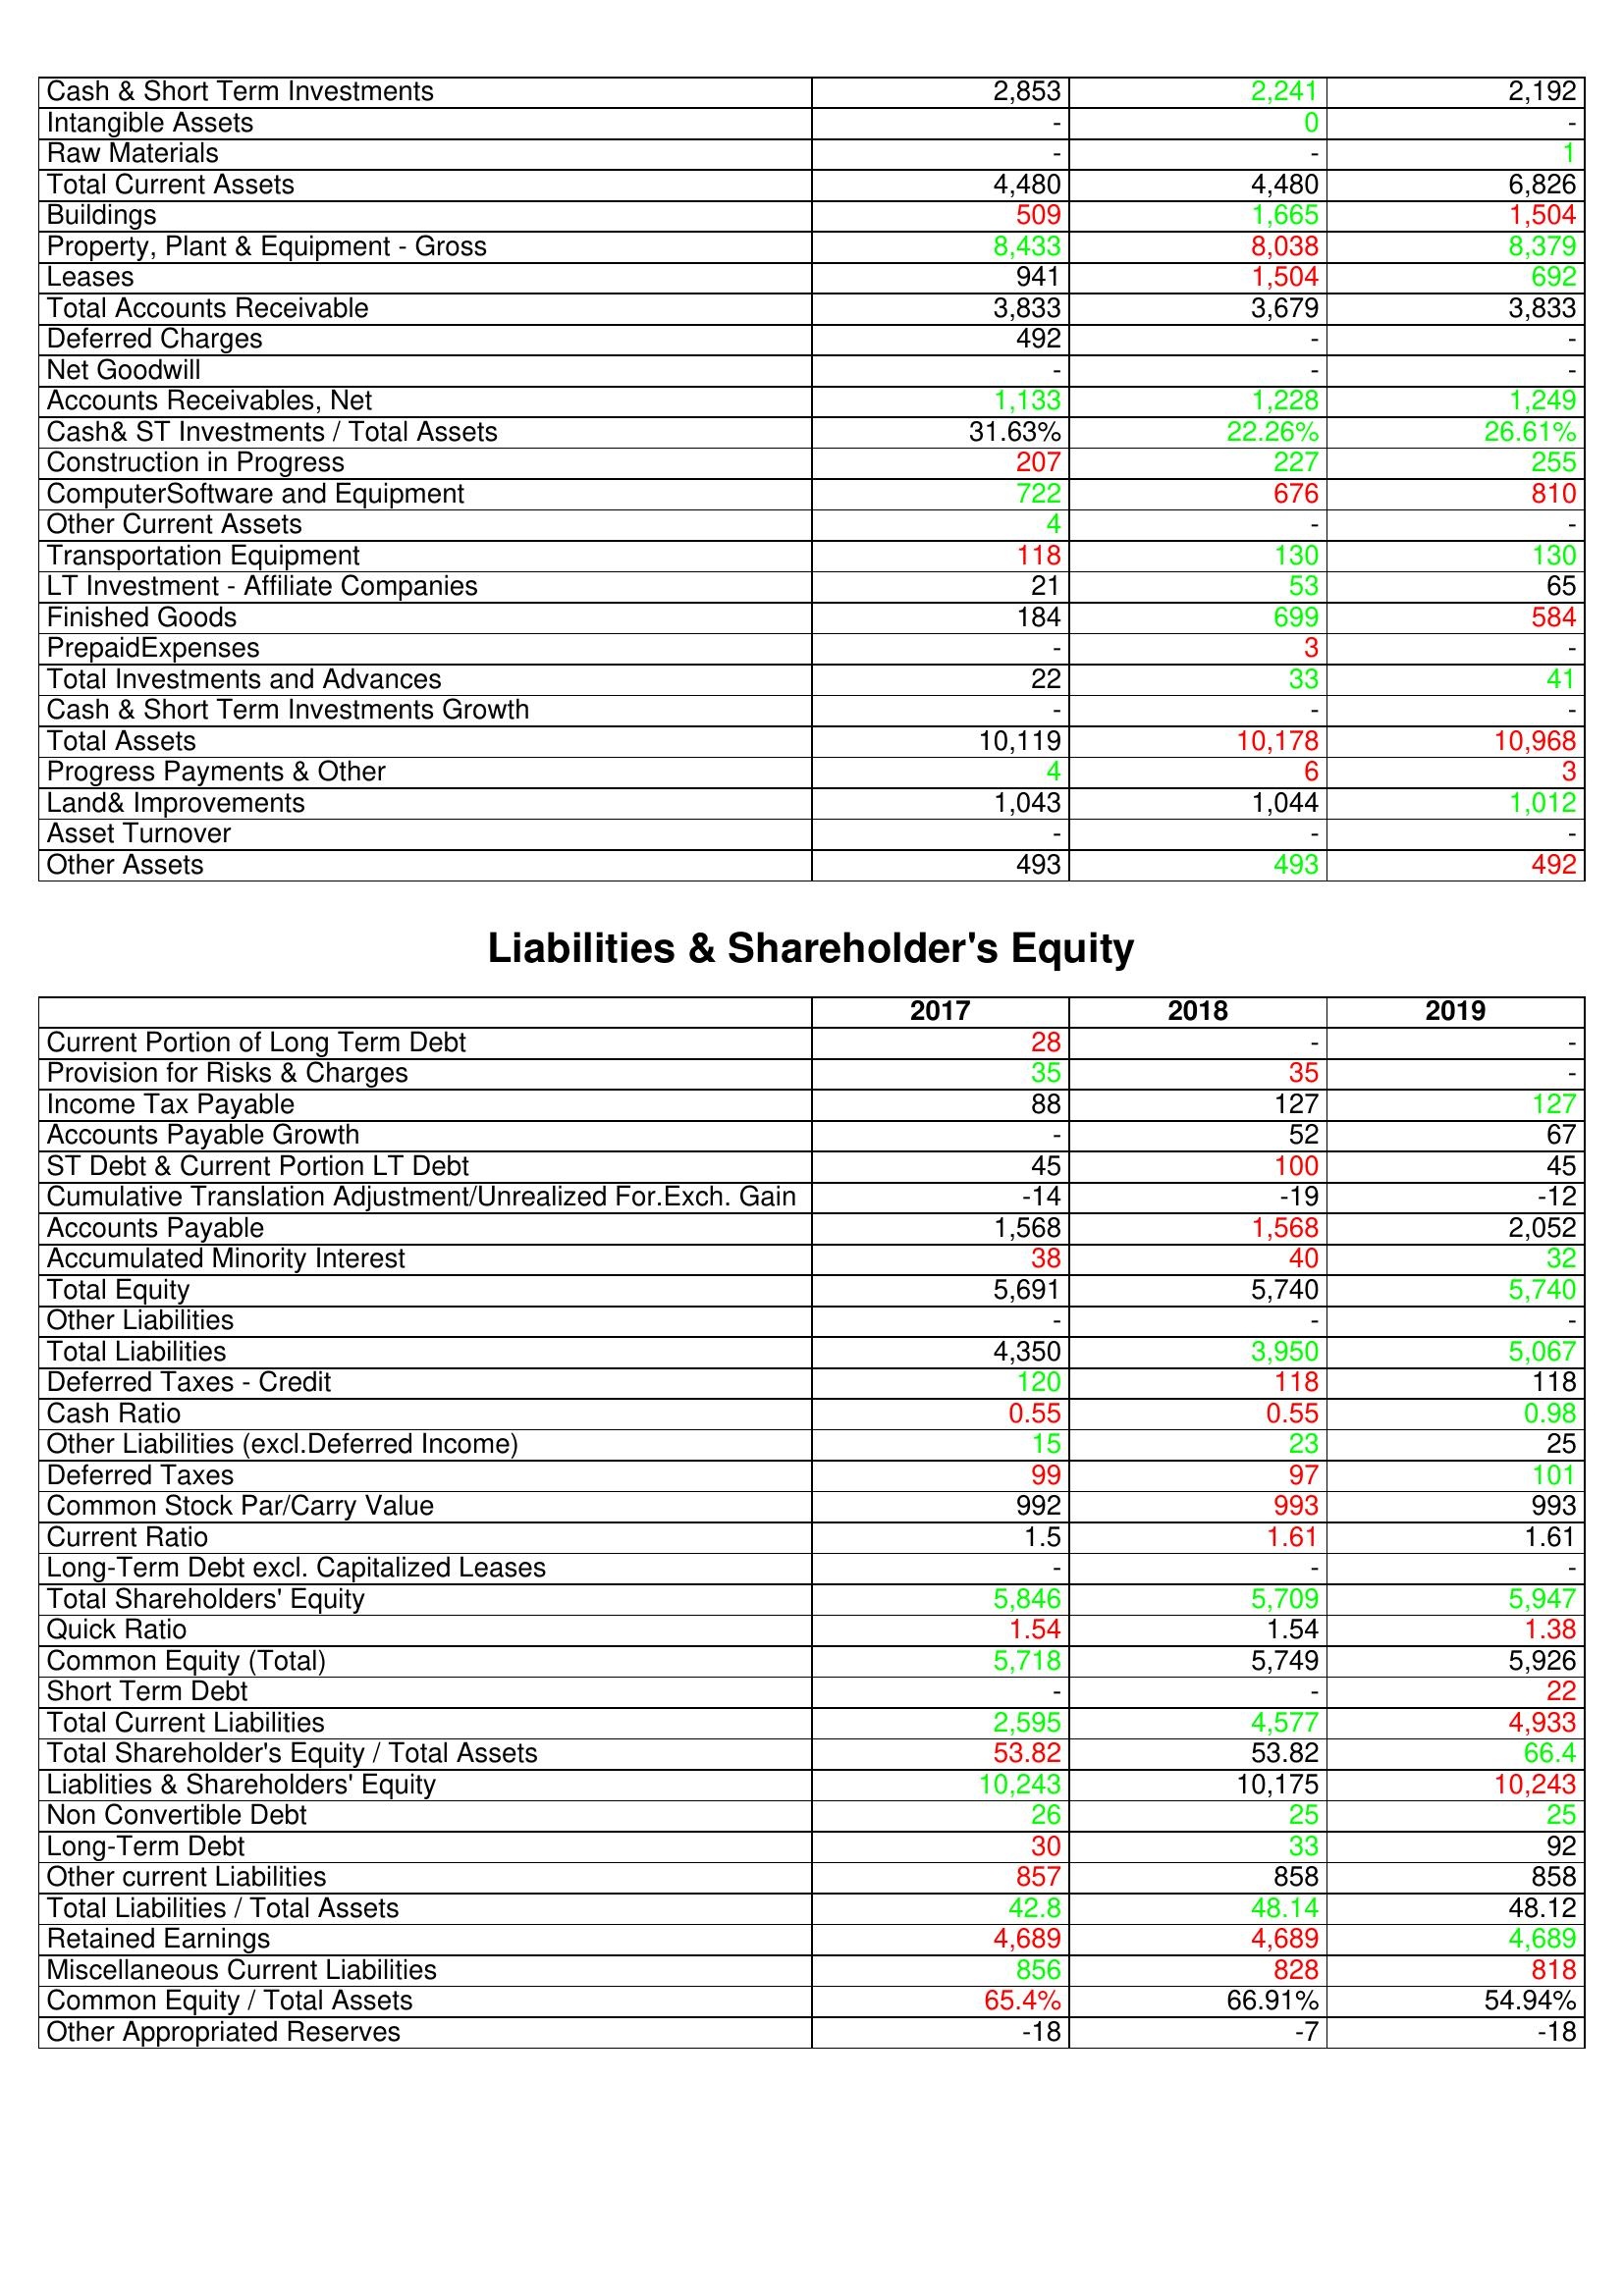
gt_parse: 2017: Assets: Cash & Short Term Investments: 2,853
Intangible Assets: -
Raw Materials: -
Total Current Assets: 4,480
Buildings: 509
Property, Plant & Equipment - Gross : 8,433
Leases: 941
Total Accounts Receivable: 3,833
Deferred Charges: 492
Net Goodwill: -
Accounts Receivables, Net: 1,133
Cash& ST Investments / Total Assets: 31.63%
Construction in Progress: 207
ComputerSoftware and Equipment: 722
Other Current Assets: 4
Transportation Equipment: 118
LT Investment - Affiliate Companies: 21
Finished Goods: 184
PrepaidExpenses: -
Total Investments and Advances: 22
Cash & Short Term Investments Growth: -
Total Assets: 10,119
Progress Payments & Other: 4
Land& Improvements: 1,043
Asset Turnover: -
Other Assets: 493
Liabilities & Shareholder's Equity: Current Portion of Long Term Debt: 28
Provision for Risks & Charges: 35
Income Tax Payable: 88
Accounts Payable Growth: -
ST Debt & Current Portion LT Debt: 45
Cumulative Translation Adjustment/Unrealized For.Exch. Gain: -14
Accounts Payable: 1,568
Accumulated Minority Interest: 38
Total Equity: 5,691
Other Liabilities: -
Total Liabilities: 4,350
Deferred Taxes - Credit: 120
Cash Ratio: 0.55
Other Liabilities (excl.Deferred Income): 15
Deferred Taxes: 99
Common Stock Par/Carry Value: 992
Current Ratio: 1.5
Long-Term Debt excl. Capitalized Leases: -
Total Shareholders' Equity: 5,846
Quick Ratio: 1.54
Common Equity (Total): 5,718
Short Term Debt: -
Total Current Liabilities: 2,595
Total Shareholder's Equity / Total Assets: 53.82
Liablities & Shareholders' Equity: 10,243
Non Convertible Debt: 26
Long-Term Debt: 30
Other current Liabilities: 857
Total Liabilities / Total Assets: 42.8
Retained Earnings: 4,689
Miscellaneous Current Liabilities: 856
Common Equity / Total Assets: 65.4%
Other Appropriated Reserves: -18
2018: Assets: Cash & Short Term Investments: 2,241
Intangible Assets: 0
Raw Materials: -
Total Current Assets: 4,480
Buildings: 1,665
Property, Plant & Equipment - Gross : 8,038
Leases: 1,504
Total Accounts Receivable: 3,679
Deferred Charges: -
Net Goodwill: -
Accounts Receivables, Net: 1,228
Cash& ST Investments / Total Assets: 22.26%
Construction in Progress: 227
ComputerSoftware and Equipment: 676
Other Current Assets: -
Transportation Equipment: 130
LT Investment - Affiliate Companies: 53
Finished Goods: 699
PrepaidExpenses: 3
Total Investments and Advances: 33
Cash & Short Term Investments Growth: -
Total Assets: 10,178
Progress Payments & Other: 6
Land& Improvements: 1,044
Asset Turnover: -
Other Assets: 493
Liabilities & Shareholder's Equity: Current Portion of Long Term Debt: -
Provision for Risks & Charges: 35
Income Tax Payable: 127
Accounts Payable Growth: 52
ST Debt & Current Portion LT Debt: 100
Cumulative Translation Adjustment/Unrealized For.Exch. Gain: -19
Accounts Payable: 1,568
Accumulated Minority Interest: 40
Total Equity: 5,740
Other Liabilities: -
Total Liabilities: 3,950
Deferred Taxes - Credit: 118
Cash Ratio: 0.55
Other Liabilities (excl.Deferred Income): 23
Deferred Taxes: 97
Common Stock Par/Carry Value: 993
Current Ratio: 1.61
Long-Term Debt excl. Capitalized Leases: -
Total Shareholders' Equity: 5,709
Quick Ratio: 1.54
Common Equity (Total): 5,749
Short Term Debt: -
Total Current Liabilities: 4,577
Total Shareholder's Equity / Total Assets: 53.82
Liablities & Shareholders' Equity: 10,175
Non Convertible Debt: 25
Long-Term Debt: 33
Other current Liabilities: 858
Total Liabilities / Total Assets: 48.14
Retained Earnings: 4,689
Miscellaneous Current Liabilities: 828
Common Equity / Total Assets: 66.91%
Other Appropriated Reserves: -7
2019: Assets: Cash & Short Term Investments: 2,192
Intangible Assets: -
Raw Materials: 1
Total Current Assets: 6,826
Buildings: 1,504
Property, Plant & Equipment - Gross : 8,379
Leases: 692
Total Accounts Receivable: 3,833
Deferred Charges: -
Net Goodwill: -
Accounts Receivables, Net: 1,249
Cash& ST Investments / Total Assets: 26.61%
Construction in Progress: 255
ComputerSoftware and Equipment: 810
Other Current Assets: -
Transportation Equipment: 130
LT Investment - Affiliate Companies: 65
Finished Goods: 584
PrepaidExpenses: -
Total Investments and Advances: 41
Cash & Short Term Investments Growth: -
Total Assets: 10,968
Progress Payments & Other: 3
Land& Improvements: 1,012
Asset Turnover: -
Other Assets: 492
Liabilities & Shareholder's Equity: Current Portion of Long Term Debt: -
Provision for Risks & Charges: -
Income Tax Payable: 127
Accounts Payable Growth: 67
ST Debt & Current Portion LT Debt: 45
Cumulative Translation Adjustment/Unrealized For.Exch. Gain: -12
Accounts Payable: 2,052
Accumulated Minority Interest: 32
Total Equity: 5,740
Other Liabilities: -
Total Liabilities: 5,067
Deferred Taxes - Credit: 118
Cash Ratio: 0.98
Other Liabilities (excl.Deferred Income): 25
Deferred Taxes: 101
Common Stock Par/Carry Value: 993
Current Ratio: 1.61
Long-Term Debt excl. Capitalized Leases: -
Total Shareholders' Equity: 5,947
Quick Ratio: 1.38
Common Equity (Total): 5,926
Short Term Debt: 22
Total Current Liabilities: 4,933
Total Shareholder's Equity / Total Assets: 66.4
Liablities & Shareholders' Equity: 10,243
Non Convertible Debt: 25
Long-Term Debt: 92
Other current Liabilities: 858
Total Liabilities / Total Assets: 48.12
Retained Earnings: 4,689
Miscellaneous Current Liabilities: 818
Common Equity / Total Assets: 54.94%
Other Appropriated Reserves: -18